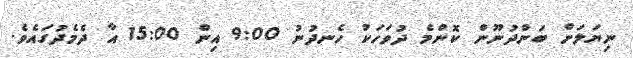
ނިޔަލަށް ބަންދުނޫން ކޮންމެ ދުވަހަކު ހެނދުނު 9:00 އިން 15:00 އާ ދެމެދުގައެވެ.